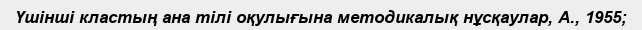
Үшінші кластың ана тілі оқулығына методикалық нұсқаулар, А., 1955;